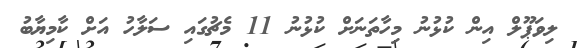
ލިވަޕޫލް އިން ކުޅުނު މިހާތަނަށް ކުޅުނު 11 މެޗުގައި ސަލާހު އަށް ކާމިޔާބު